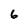
Character: 6